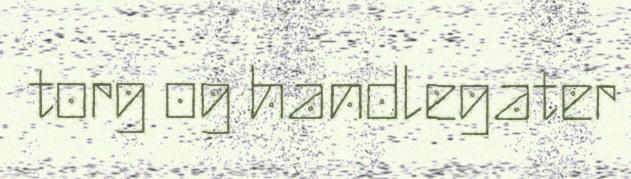
torg og handlegater